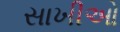
સાખીઓ